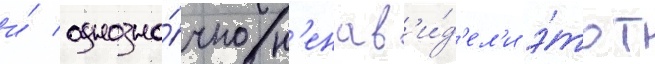
и́ однозна́чно н'енав'и́д'ел'и э́тот